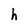
Character: h